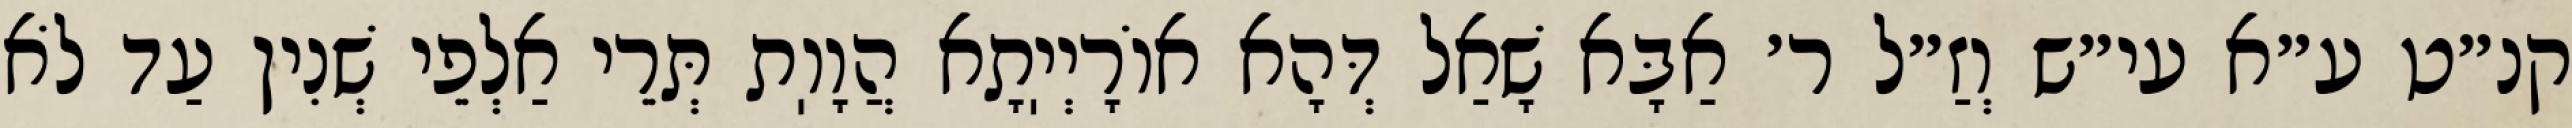
קנ״ט ע״א עי״ש וְזַ״ל ר׳ אַבָּא שָׁאַל דְּהָא אוֹרָיְיֽתָא הֲוָוֽת תְּרֵי אַלְפֵי שְׁנִין עַד לֹא